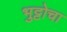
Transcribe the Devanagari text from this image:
भुट्टोचा